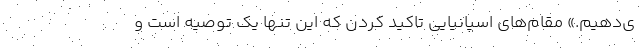
ی‌دهیم.» مقام‌های اسپانیایی تاکید کردن که این تنها یک توصیه است و